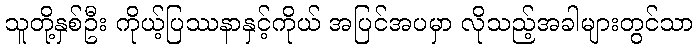
သူတို့နှစ်ဦး ကိုယ့်ပြဿနာနှင့်ကိုယ် အပြင်အပမှာ လိုသည့်အခါများတွင်သာ